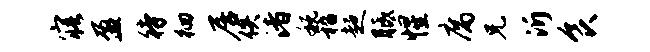
寤盈待徊居佚渚税嵇超胝惺腐兄沂食